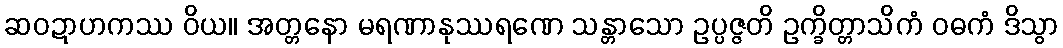
ဆဝဍာဟကဿ ဝိယ။ အတ္တနော မရဏာနုဿရဏေ သန္တာသော ဥပ္ပဇ္ဇတိ ဥက္ခိတ္တာသိကံ ဝဓကံ ဒိသွာ